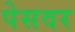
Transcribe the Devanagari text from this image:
पेसवर